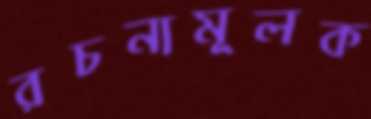
রচনামূলক